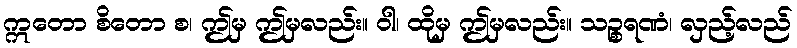
ဣတော စိတော စ၊ ဤမှ ဤမှလည်း။ ဝါ၊ ထိုမှ ဤမှလည်း။ သဉ္စရဏံ၊ လှည့်လည်